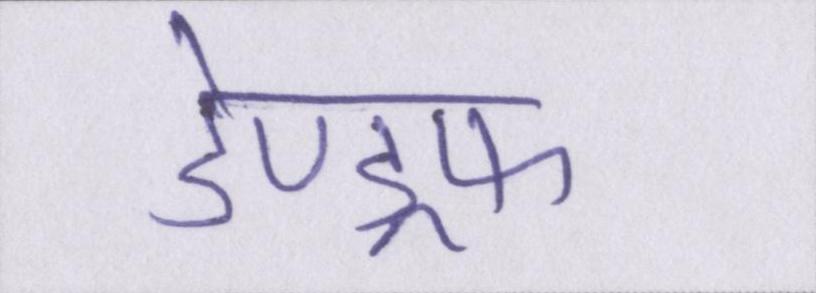
डेण्ड्रफ